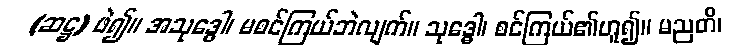
(ဆဋ္ဌ) ဖဲ၍။ အသုဒ္ဓေါ၊ မစင်ကြယ်ဘဲလျက်။ သုဒ္ဓေါ၊ စင်ကြယ်၏ဟူ၍။ မညတိ၊